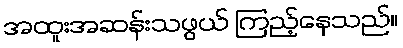
အထူးအဆန်းသဖွယ် ကြည့်နေသည်။